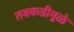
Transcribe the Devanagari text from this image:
तबकडीमुळे